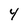
Character: 4